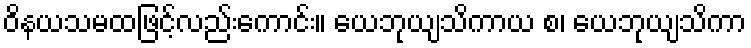
ဝိနယသမထဖြင့်လည်းကောင်း။ ယေဘုယျသိကာယ စ၊ ယေဘုယျသိကာ